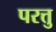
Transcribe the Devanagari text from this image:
परत्तु